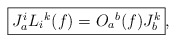
\begin{align*}\fbox{$J_{a}^{i} L_{i}{}^{k}(f) = O_{a}{}^{b}(f) J_{b}^{k}$},\end{align*}